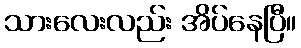
သားလေးလည်း အိပ်နေပြီ။